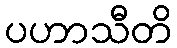
ပဟာသီတိ